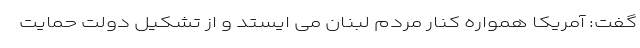
گفت: آمریکا همواره کنار مردم لبنان می ایستد و از تشکیل دولت حمایت